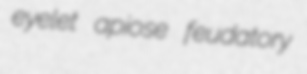
eyelet apiose feudatory